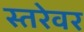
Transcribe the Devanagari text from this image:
स्तरेवर